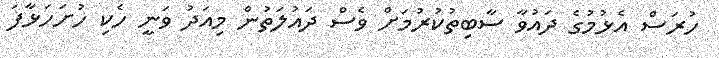
ހުރަސް އެޅުމުގެ ދައުވާ ސާބިތުކުރުމަށް ވެސް ދައުލަތުން މިއަދު ވަނީ ހެކި ހުށަހަޅާފަ